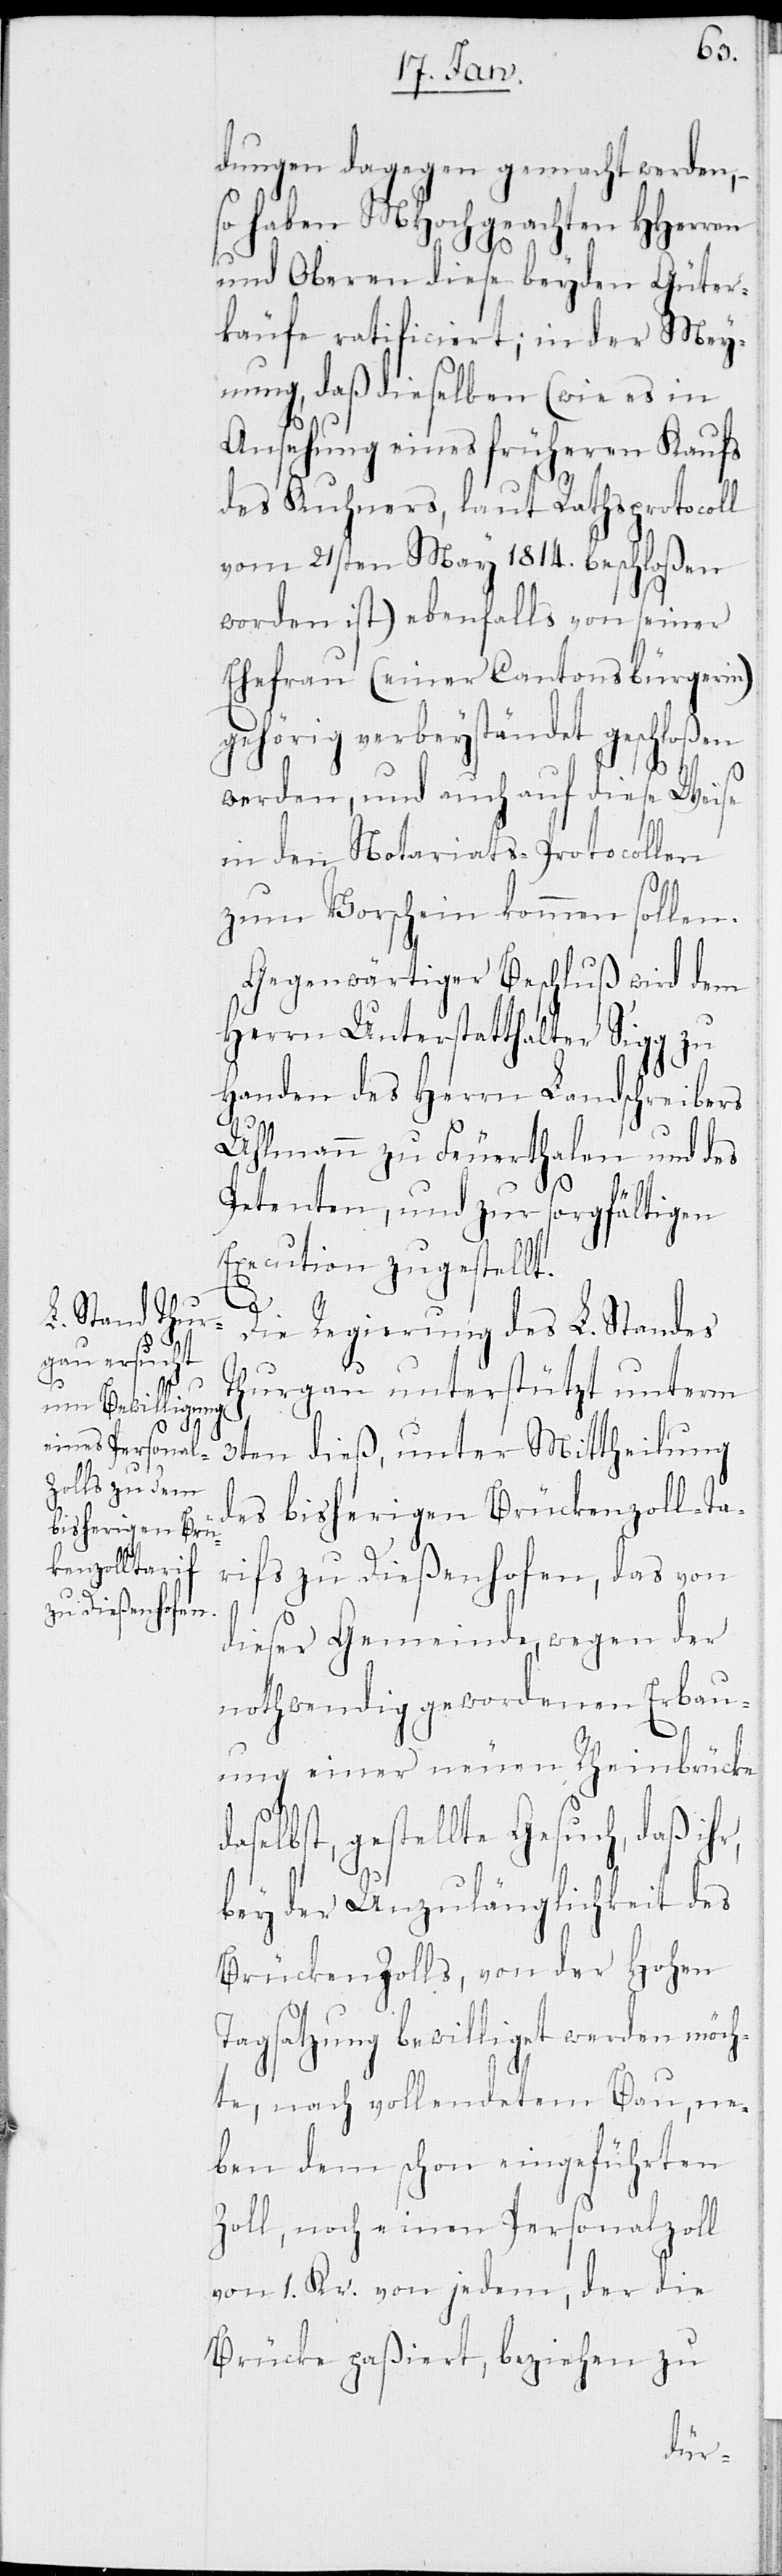
dungen dagegen gemacht werden, –
so haben MHochgeachten HHerren
und Oberen diese beyden Güter¬
käufe ratificiert; in der Mey¬
nung, daß dieselben (wie es in
Ansehung eines früheren Kaufs
des Kuhners, laut Rathsprotocoll
vom 21sten May 1814. beschloßen
worden ist) ebenfalls von seiner
Ehefrau (einer Cantonsbürgerin)
gehörig verbeyständet geschloßen
werden, und auch auf diese Weise
in den Notariats-Protocollen
zum Vorschein kommen sollen.
Gegenwärtiger Beschluß wird dem
Herrn Unterstatthalter Sigg zu
Handen des Herrn Landschreibers
Uhlmann zu Feuerthalen und des
Petenten, und zur sorgfältigen
Execution zugestellt.
r,
Die Regierung des L. Standes
Thurgau unterstützt unterm
3ten dieß, unter Mittheilung
des bisherigen Brückenzoll-Ta¬
rifs zu Dießenhofen, das von
dieser Gemeinde, wegen der
nothwendig gewordenen Erbau¬
ung einer neuen Rheinbrücke
selbst, gestellte Gesuch, daß ih¬
bey der Unzulänglichkeit des
Brückenzolls, von der Hohen
Tagsatzung bewilliget werden möch¬
te, nach vollendetem Bau, ne¬
ben dem schon eingeführten
Zoll, noch einen Personalzoll
von 1. Kr. von jedem, der die
Brücke paßiert, beziehen zu